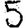
Digit: 5